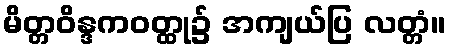
မိတ္တဝိန္ဒကဝတ္ထု၌ အကျယ်ပြ လတ္တံ။